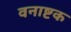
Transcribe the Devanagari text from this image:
वनाष्टक